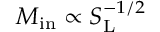
M _ { \mathrm { { i n } } } \propto S _ { \mathrm { { L } } } ^ { - 1 / 2 }